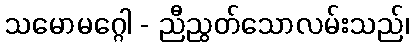
သမောမဂ္ဂေါ - ညီညွတ်သောလမ်းသည်၊